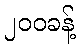
၂၀၀ခန့်